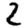
Digit: 2